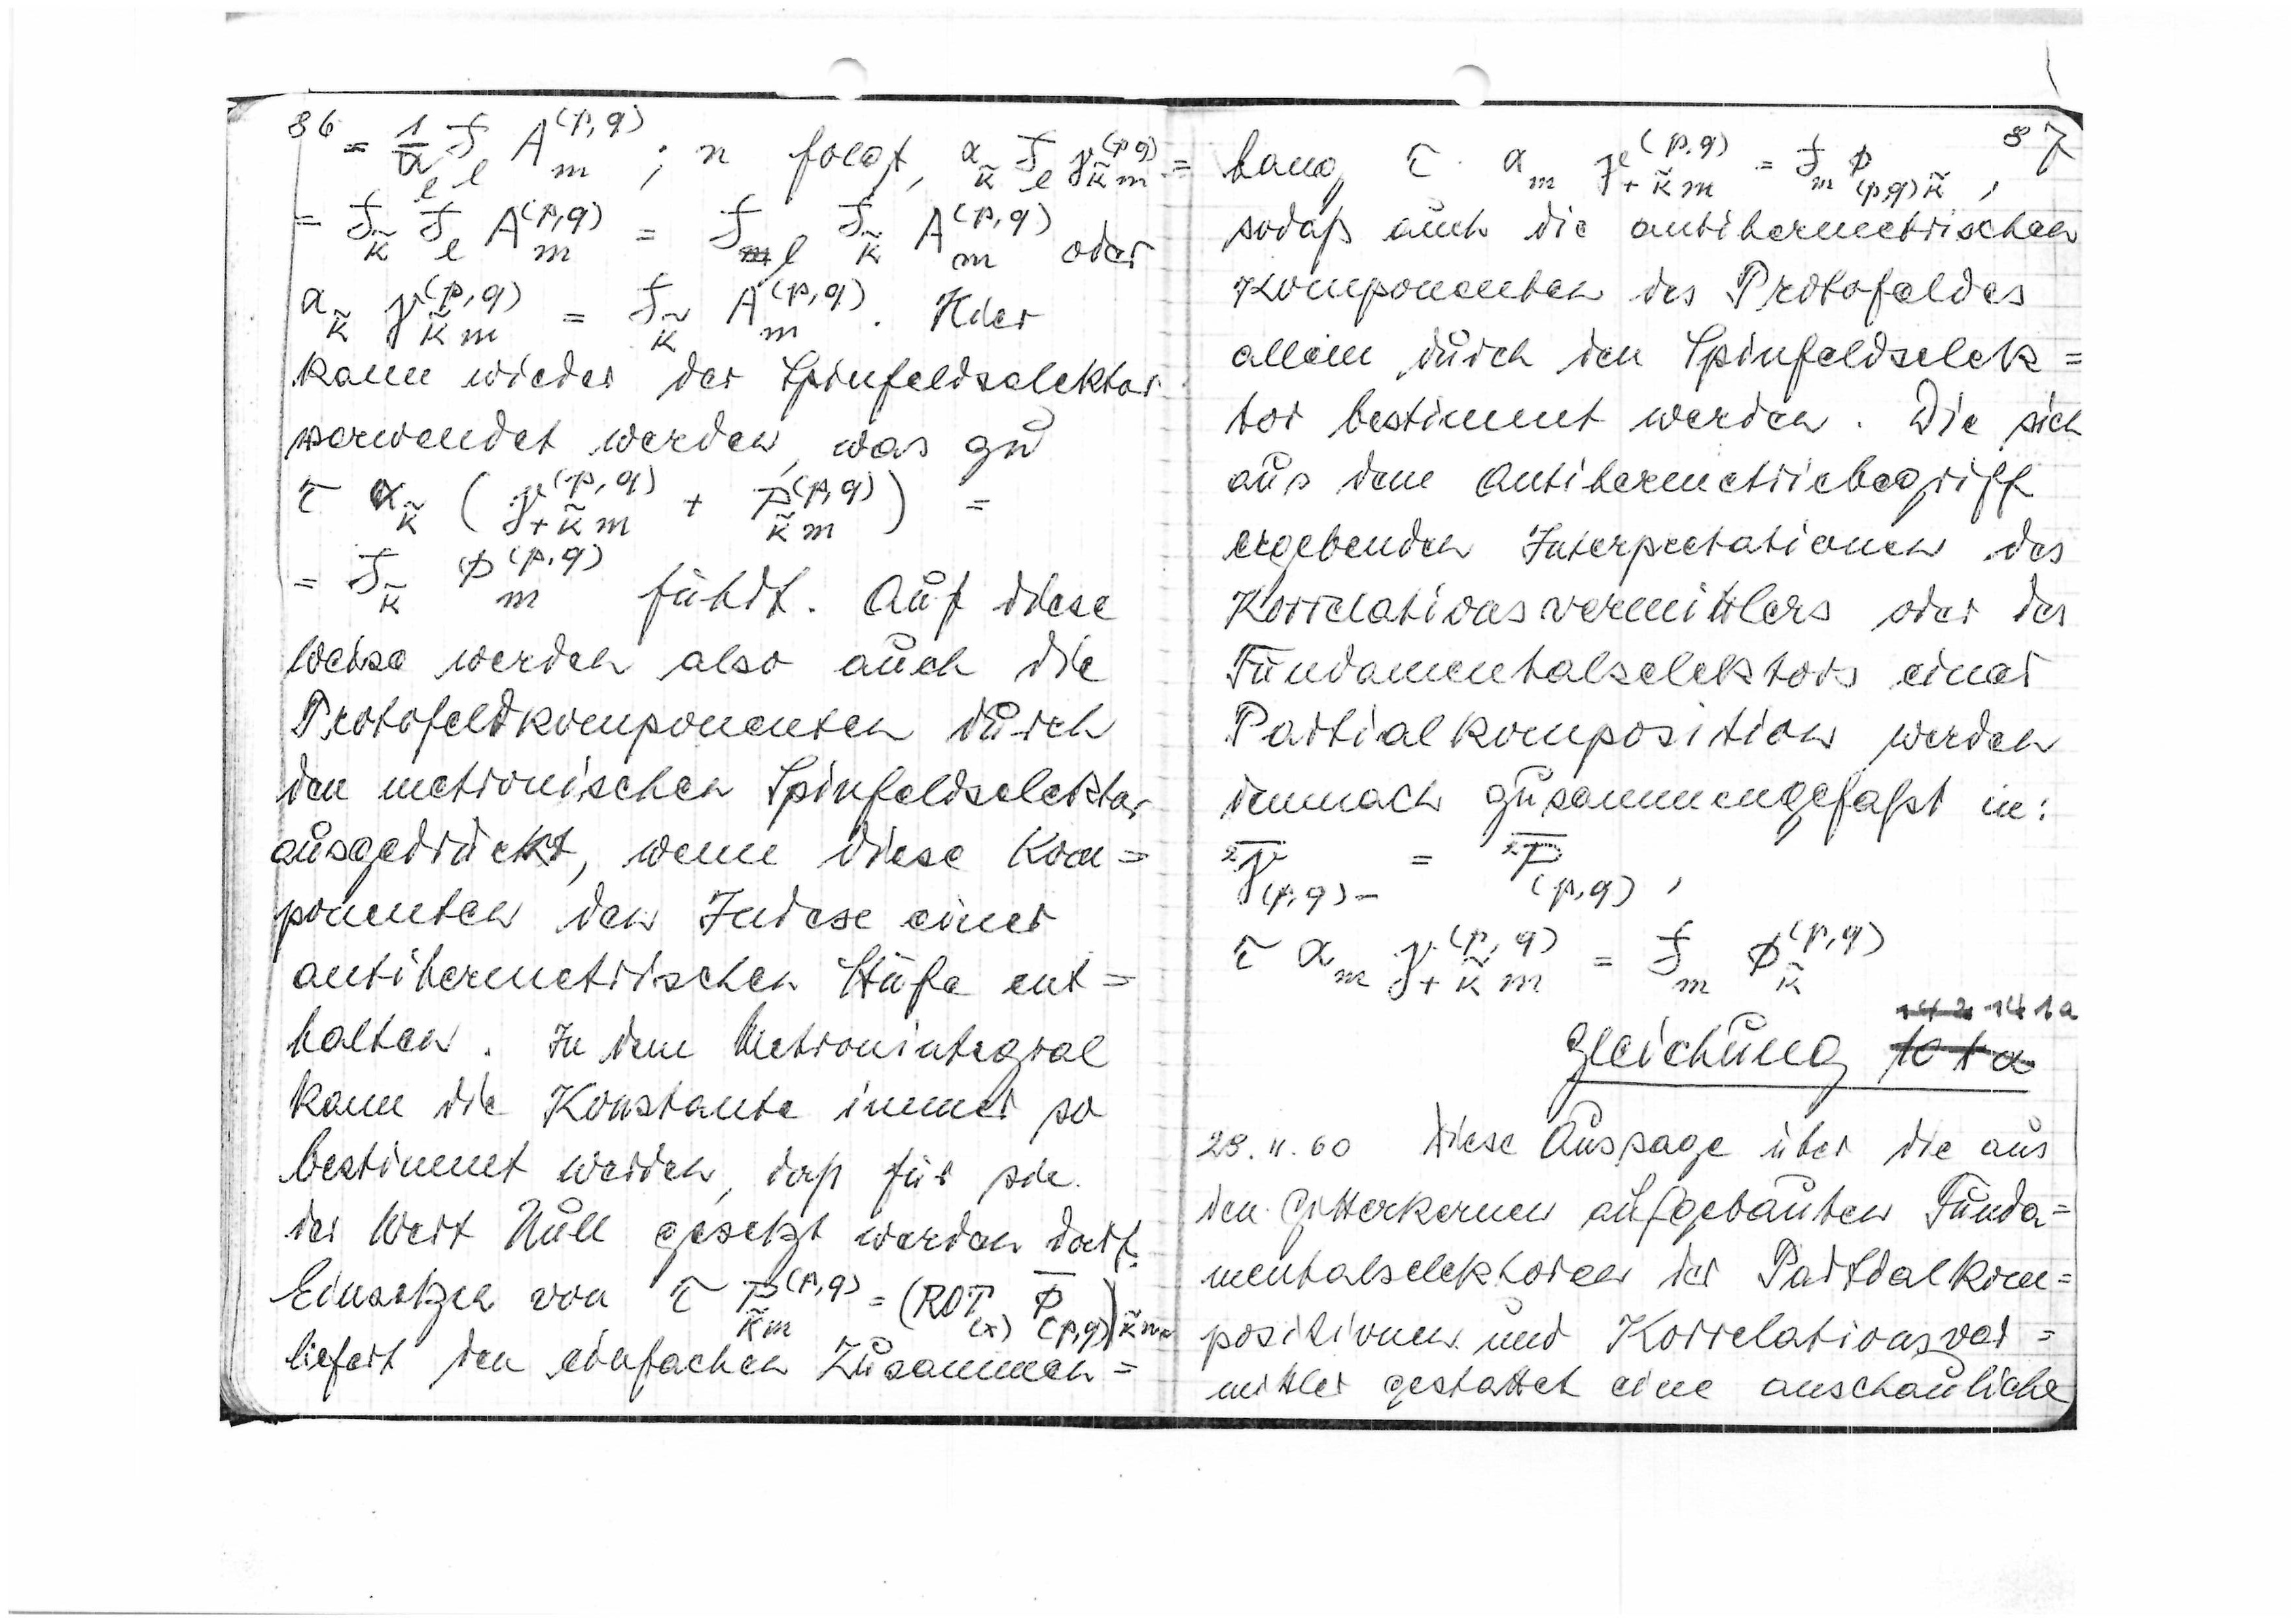
86

(p,q)

; n folgt

oder

Hier

kann wieder der Spinfeldselektor
verwendet werden, was zu

führt. Auf diese
Weise werden also auch die
Protofeldkomponenten durch
den metronischen Spinfeldselektor
ausgedrückt, wenn diese Kom=
ponenten den Index einer
antihermetrischen Stufe ent=
halten. In dem Metronintegral
kann die Konstante immer so
bestimmt werden, daß für die
der Wert Null gesetzt werden darf.
Einsetzen von

liefert den einfachen Zusammen=

87

hang τ

sodaß auch die antihermetrischen
Komponenten des Protofeldes
allein durch den Spinfeldselek=
tor bestimmt werden. Die sich
aus dem Antihermetriebegriff
ergebenden Interpretationen des
Korrelationsvermittlers oder des
Fundamentalselektors einer
Partialkomposition werden
demnach zusammengefasst in:

(p,q)

=

142
141a
Gleichung
101a
28.11.60 Diese Aussage über die aus
den Gitterkernen aufgebauten Funda=
mentalselektoren der Partialkom=
positionen und Korrelationsver=
mittler gestattet eine anschauliche